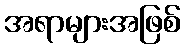
အရာများအဖြစ်